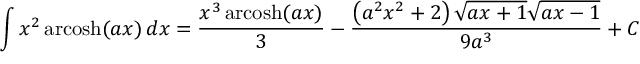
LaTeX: \int x ^ { 2 } \operatorname { a r c o s h } ( a x ) \, d x = { \frac { x ^ { 3 } \operatorname { a r c o s h } ( a x ) } { 3 } } - { \frac { \left( a ^ { 2 } x ^ { 2 } + 2 \right) { \sqrt { a x + 1 } } { \sqrt { a x - 1 } } } { 9 a ^ { 3 } } } + C